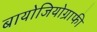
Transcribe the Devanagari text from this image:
बायोजियोग्राफी